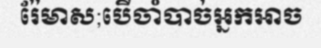
រ៉ែមាស;បើចាំបាច់អ្នកអាច